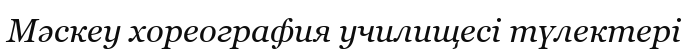
Мәскеу хореография училищесі түлектері